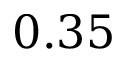
0 . 3 5